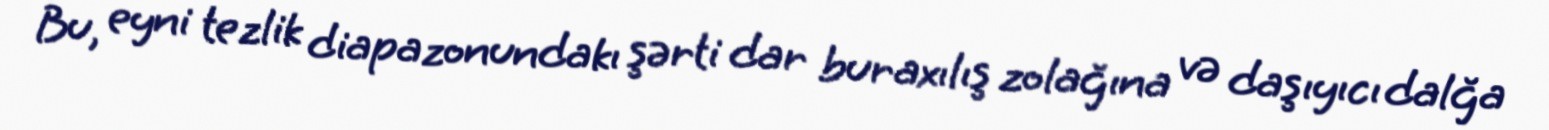
Bu, eyni tezlik diapazonundakı şərti dar buraxılış zolağına və daşıyıcı dalğa